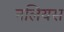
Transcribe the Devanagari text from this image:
नलियस